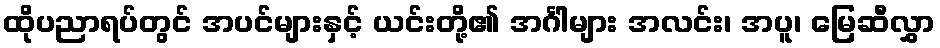
ထိုပညာရပ်တွင် အပင်များနှင့် ယင်းတို့၏ အင်္ဂါများ အလင်း၊ အပူ၊ မြေဆီလွှာ